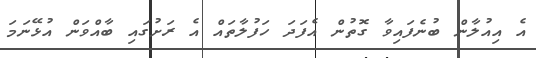
އެ އިއުލާން ބުނެފައިވާ ގޮތުން އެފަދަ ހަފުލާތައް އެ ރަށުގައި ބާއްވަން އުޅޭނަމަ